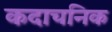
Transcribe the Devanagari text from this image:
कदाचनिक